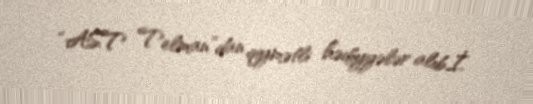
“AST Telman”dan qiymətli hədiyyələr alıb.İ.